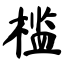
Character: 槛